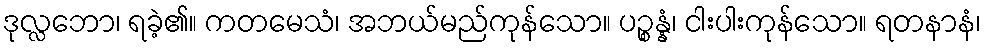
ဒုလ္လဘော၊ ရခဲ့၏။ ကတမေသံ၊ အဘယ်မည်ကုန်သော။ ပဉ္စန္နံ၊ ငါးပါးကုန်သော။ ရတနာနံ၊